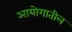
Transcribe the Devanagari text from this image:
आयोगातील